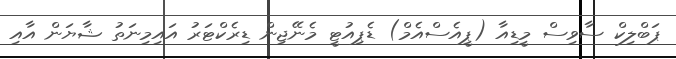
ޕަބްލިކް ސާވިސް މީޑިއާ (ޕީއެސްއެމް) ޑެޕިއުޓީ މެނޭޖިން ޑިރެކްޓަރު އައިމިނަތު ޝާޔަން އާއި